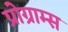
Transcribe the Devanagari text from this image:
प्रोग्राम्‍स